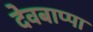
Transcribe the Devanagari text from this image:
देवबाप्पा